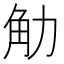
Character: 觔